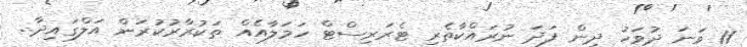
11 ވަނަ ދުވަހު ދިން ފަދަ ނުރައްކާތެރި ޓެރަރިސްޓް ހަމަލާއެއް ތަކުރާރުކުރަން އަލްގައިދާ..